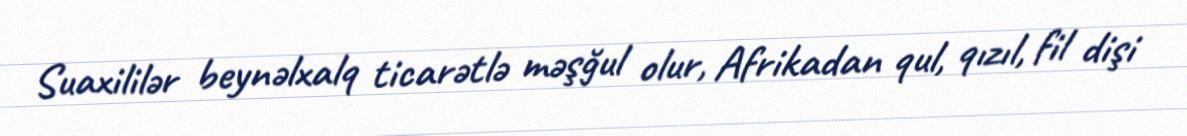
Suaxililər beynəlxalq ticarətlə məşğul olur, Afrikadan qul, qızıl, fil dişi